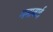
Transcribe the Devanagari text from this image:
मनाबाई